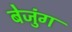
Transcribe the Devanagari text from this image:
बेजुंग